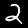
Label: 2